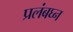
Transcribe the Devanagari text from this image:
प्रलंबघ्न